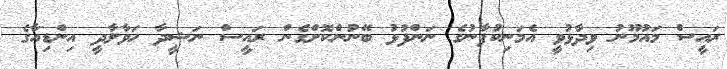
ރައީސް މައުމޫނު ވިދާޅުވީ އެމަނިކުފާނުގެ ނަންފުޅު ބޭނުންކޮށްގެން ރައީސް ނަޝީދާ ހަވާލާދީ އިންޑިއާގެ